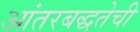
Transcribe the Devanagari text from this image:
आंतरबद्धतेची